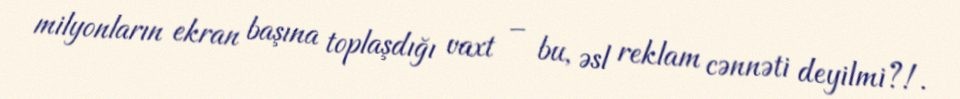
milyonların ekran başına toplaşdığı vaxt – bu, əsl reklam cənnəti deyilmi?!.